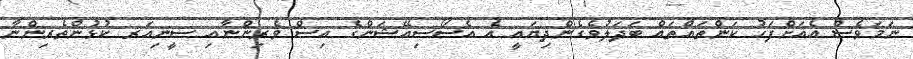
ނަމަވެސް އެއަށްފަހު ކަންތައްތައް ބަދަލުވެގެންދިޔައީ އެ އެސޯސިއޭޝަންގެ އިސް ވެރިންނާއި ސީނިއަރ ކުޅުންތެރިންނާ